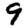
Digit: 9